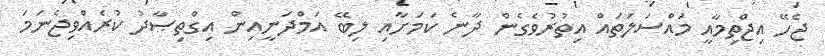
ޖެހޭ އިޖްތިމާއީ މައްސަލަތައް އިތުރުވެގެން ދާނެ ކަމަށާއި ލިބޭ އަމްދަނީއިން އިގްތިޞާދު ކުރެއްވިޖެނަމަ